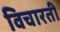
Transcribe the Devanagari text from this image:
विचारती